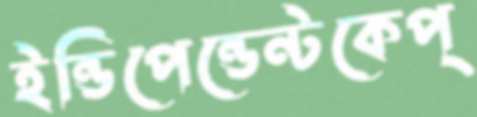
ইন্ডিপেন্ডেন্টকেপ্